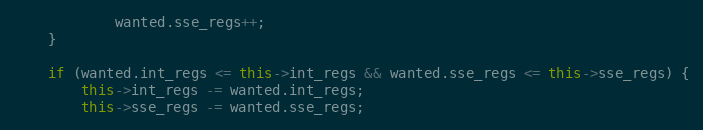
Language: C++
            wanted.sse_regs++;
    }

    if (wanted.int_regs <= this->int_regs && wanted.sse_regs <= this->sse_regs) {
        this->int_regs -= wanted.int_regs;
        this->sse_regs -= wanted.sse_regs;